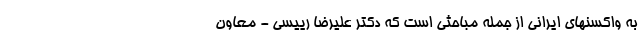
به واکسنهای ایرانی از جمله مباحثی است که دکتر علیرضا رییسی - معاون